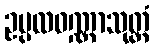
ဥပ္ပလဝဏ္ဏာသုတ္တံ